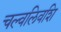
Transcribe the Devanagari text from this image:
चल्वलिवशि